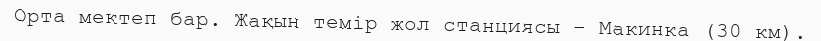
Орта мектеп бар. Жақын темір жол станциясы – Макинка (30 км).